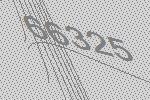
66325